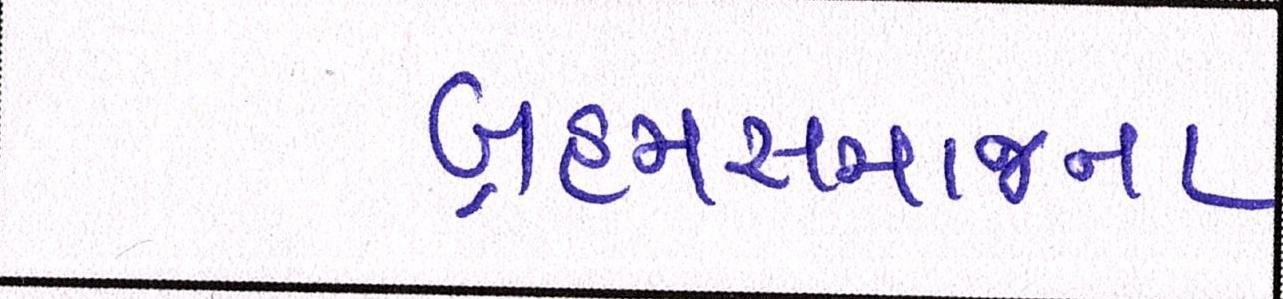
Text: બ્રહ્મસમાજના